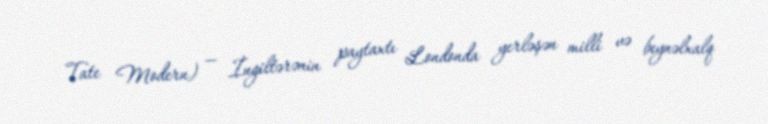
Tate Modern) — İngiltərənin paytaxtı Londonda yerləşən milli və beynəlxalq